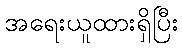
အရေးယူထားရှိပြီး